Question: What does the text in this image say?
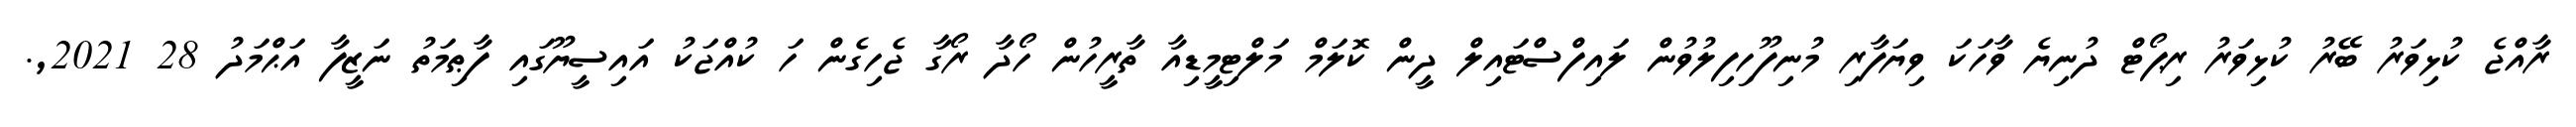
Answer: ރާއްޖެ ކުޅިވަރު ބޭރު ކުޅިވަރު ރިޕޯޓް ދުނިޔެ ވާހަކަ ވިޔަފާރި މުނިފޫހިފިލުވުން ލައިފްސްޓައިލް ދީން ކޮލަމް މަލްޓިމީޑިއާ ތާރީހުން ހޯދާ ރޯގާ ޖެހިގެން ހަ ކުއްޖަކު އައިސީޔޫގައި ފާޠިމަތު ނަޒީފާ އަޙްމަދު 28 2021,.